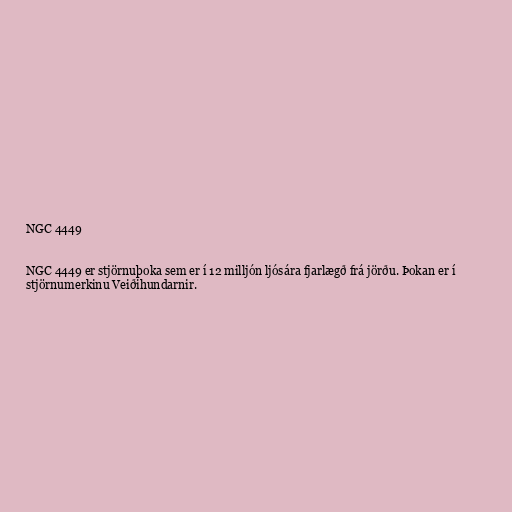
NGC 4449

NGC 4449 er stjörnuþoka sem er í 12 milljón ljósára fjarlægð frá jörðu. Þokan er í
stjörnumerkinu Veiðihundarnir.